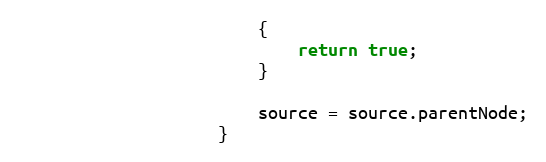
Language: JavaScript
						{
							return true;
						}

						source = source.parentNode;
					}